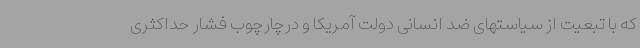
که با تبعیت از سیاستهای ضد انسانی دولت آمریکا و درچارچوب فشار حداکثری